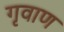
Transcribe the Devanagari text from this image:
गृवाण